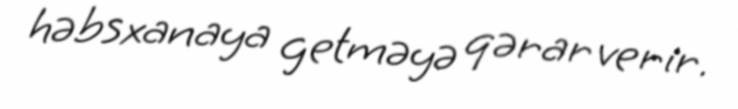
həbsxanaya getməyə qərar verir.